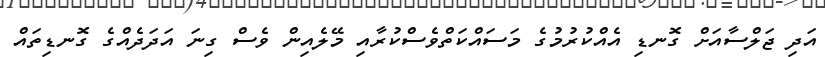
އަދި ޖަލްސާއަށް ގޮނޑި އެއްކުރުމުގެ މަސައްކަތްވެސްކުރާއި މޭލެއިން ވެސް ގިނަ އަދަދެއްގެ ގޮނޑިތައް